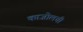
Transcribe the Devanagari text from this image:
काजोलची